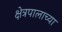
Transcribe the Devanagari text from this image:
क्षेत्रपालाच्या